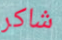
شاكر